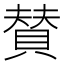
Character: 賛